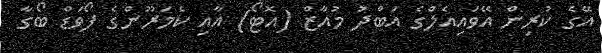
އޭގެ ކުރިން އޭވައިއެލްގެ އަބްދު މުއާޒް (އޮޓޯ) އާއި ކެމަރޫންގެ ފޯވަޑް ބޯގާ